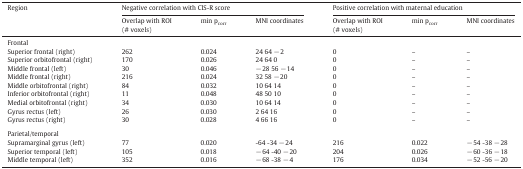
<table><thead><tr><td rowspan="2"><b>Region</b></td><td colspan="3"><b>Negative correlation with CIS-R score</b></td><td colspan="3"><b>Positive correlation with maternal education</b></td></tr><tr><td><b>Overlap with ROI(# voxels)</b></td><td><b>min p<sub>corr</sub></b></td><td><b>MNI coordinates</b></td><td><b>Overlap with ROI(# voxels)</b></td><td><b>min p<sub>corr</sub></b></td><td><b>MNI coordinates</b></td></tr></thead><tbody><tr><td colspan="7">Frontal</td></tr><tr><td>Superior frontal (right)</td><td>262</td><td>0.024</td><td>24 64 − 2</td><td>0</td><td>–</td><td>–</td></tr><tr><td>Superior orbitofrontal (right)</td><td>170</td><td>0.026</td><td>24 64 0</td><td>0</td><td>–</td><td>–</td></tr><tr><td>Middle frontal (left)</td><td>30</td><td>0.046</td><td>− 28 56 − 14</td><td>0</td><td>–</td><td>–</td></tr><tr><td>Middle frontal (right)</td><td>216</td><td>0.024</td><td>32 58 − 20</td><td>0</td><td>–</td><td>–</td></tr><tr><td>Middle orbitofrontal (right)</td><td>84</td><td>0.032</td><td>10 64 14</td><td>0</td><td>–</td><td>–</td></tr><tr><td>Inferior orbitofrontal (right)</td><td>11</td><td>0.048</td><td>48 50 10</td><td>0</td><td>–</td><td>–</td></tr><tr><td>Medial orbitofrontal (right)</td><td>34</td><td>0.030</td><td>10 64 14</td><td>0</td><td>–</td><td>–</td></tr><tr><td>Gyrus rectus (left)</td><td>26</td><td>0.030</td><td>2 64 16</td><td>0</td><td>–</td><td>–</td></tr><tr><td>Gyrus rectus (right)</td><td>30</td><td>0.028</td><td>4 66 16</td><td>0</td><td>–</td><td>–</td></tr><tr><td colspan="7">  </td></tr><tr><td colspan="7">Parietal/temporal</td></tr><tr><td>Supramarginal gyrus (left)</td><td>77</td><td>0.020</td><td>-64 -34 − 24</td><td>216</td><td>0.022</td><td>− 54 -38 − 28</td></tr><tr><td>Superior temporal (left)</td><td>105</td><td>0.018</td><td>− 64 -40 − 20</td><td>204</td><td>0.026</td><td>− 60 -36 − 18</td></tr><tr><td>Middle temporal (left)</td><td>352</td><td>0.016</td><td>− 68 -38 − 4</td><td>176</td><td>0.034</td><td>− 52 -56 − 20</td></tr></tbody></table>